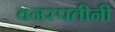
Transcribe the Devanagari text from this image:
वनस्पतीनी